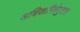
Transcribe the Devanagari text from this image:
अधिकारितेनुसार